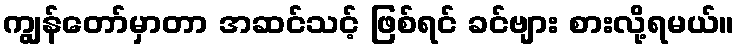
ကျွန်တော်မှာတာ အဆင်သင့် ဖြစ်ရင် ခင်ဗျား စားလို့ရမယ်။